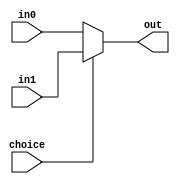
module Mux2_3bits(
    input choice,
    input [2:0] in0,
    input [2:0] in1,
    output [2:0] out
    );
    
    assign out = (choice==0) ? in0 : in1;
    
endmodule